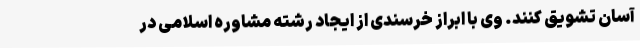
آسان تشویق کنند. وی با ابراز خرسندی از ایجاد رشته مشاوره اسلامی در